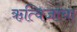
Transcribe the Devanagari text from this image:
ऋत्विजांचा